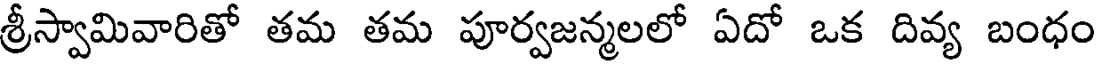
శ్రీస్వామివారితో తమ తమ పూర్వజన్మలలో ఏదో ఒక దివ్య బంధం